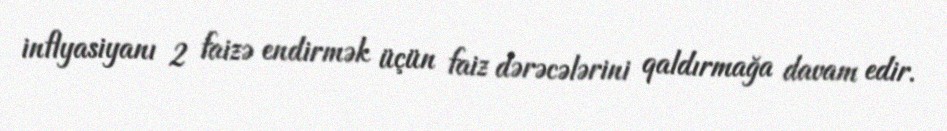
inflyasiyanı 2 faizə endirmək üçün faiz dərəcələrini qaldırmağa davam edir.